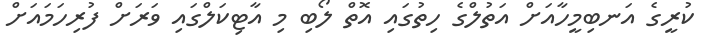
ކުރީގެ އަނބިމީހާއަށް އަތުލްގެ ހިތުގައި އޮތް ލޯބި މި އާޓިކަލްގައި ވަރަށް ފުރިހަމައަށް